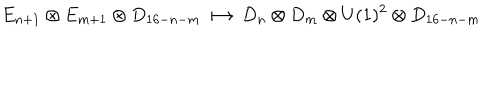
LaTeX: E _ { n + 1 } \otimes E _ { m + 1 } \otimes D _ { 1 6 - n - m } \longmapsto D _ { n } \otimes D _ { m } \otimes U ( 1 ) ^ { 2 } \otimes D _ { 1 6 - n - m }